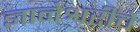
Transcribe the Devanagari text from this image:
ज्ञानेश्वरींचे